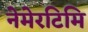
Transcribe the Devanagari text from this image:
नेमेरटिमि